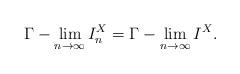
LaTeX: \begin{align*} \Gamma - \lim_{n \to \infty} I_n^X = \Gamma - \lim_{n \to \infty} I^X. \end{align*}